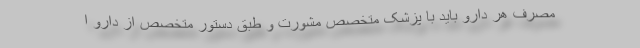
مصرف هر دارو باید با پزشک متخصص مشورت و طبق دستور متخصص از دارو ا